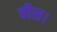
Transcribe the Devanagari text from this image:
बीस।